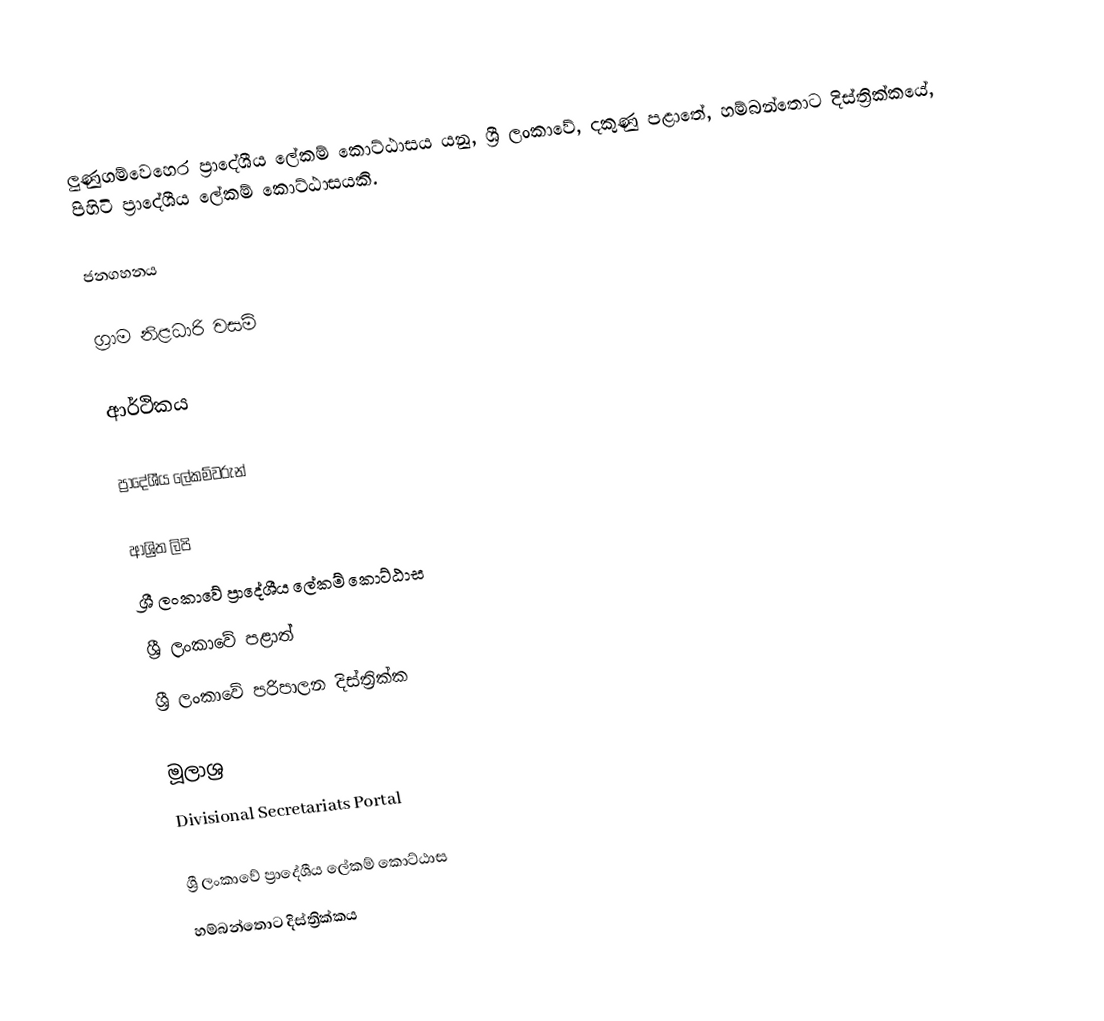
ලුණුගම්වෙහෙර ප්‍රාදේශීය ලේකම් කොට්ඨාසය යනු,  ශ්‍රී ලංකාවේ, දකුණු පළාතේ,   හම්බන්තොට දිස්ත්‍රික්කයේ, පිහිටි ප්‍රාදේශීය ලේකම් කොට්ඨාසයකි.

ජනගහනය

ග්‍රාම නිළධාරි වසම්

ආර්ථිකය

ප්‍රාදේශීය ලේකම්වරුන්

ආශ්‍රිත ලිපි
ශ්‍රී ලංකාවේ ප්‍රාදේශීය ලේකම් කොට්ඨාස
ශ්‍රී ලංකාවේ පළාත්
ශ්‍රී ලංකාවේ පරිපාලන දිස්ත්‍රික්ක

මූලාශ්‍ර
 Divisional Secretariats Portal

ශ්‍රී ලංකාවේ ප්‍රාදේශීය ලේකම් කොට්ඨාස
හම්බන්තොට දිස්ත්‍රික්කය